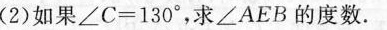
(2)如果$$∠ C = 1 3 0 °$$，求∠AEB的度数.